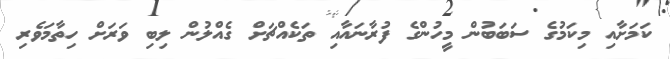
ކަމަށާއި މިކަމުގެ ސަބަބުން މީހުންގެ ފުރާނައާއި ތަކެއްޗަށް ގެއްލުން ލިބި ވަރަށް ހިތާމަވެރި